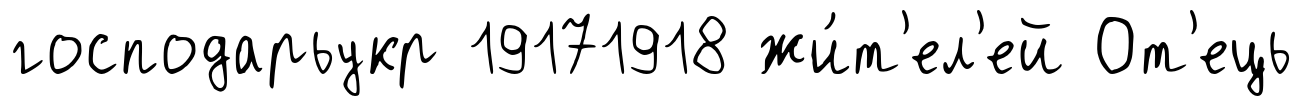
господарьукр 19171918 жи́т'ел'ей От'ець